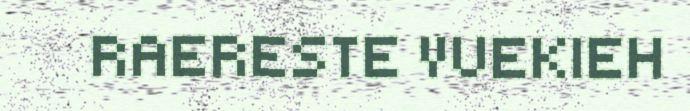
RAERESTE VUEKIEH